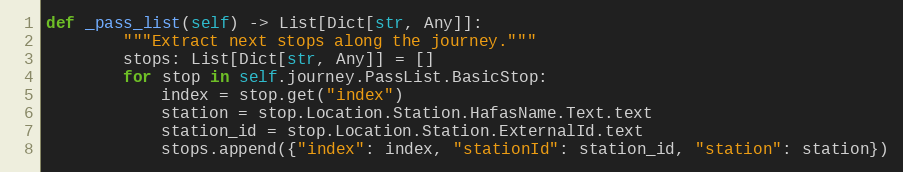
Language: Python
def _pass_list(self) -> List[Dict[str, Any]]:
        """Extract next stops along the journey."""
        stops: List[Dict[str, Any]] = []
        for stop in self.journey.PassList.BasicStop:
            index = stop.get("index")
            station = stop.Location.Station.HafasName.Text.text
            station_id = stop.Location.Station.ExternalId.text
            stops.append({"index": index, "stationId": station_id, "station": station})